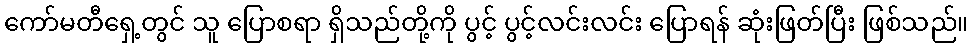
ကော်မတီရှေ့တွင် သူ ပြောစရာ ရှိသည်တို့ကို ပွင့် ပွင့်လင်းလင်း ပြောရန် ဆုံးဖြတ်ပြီး ဖြစ်သည်။